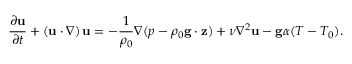
{ \frac { \partial \mathbf { u } } { \partial t } } + \left( \mathbf { u } \cdot \nabla \right) \mathbf { u } = - { \frac { 1 } { \rho _ { 0 } } } \nabla ( p - \rho _ { 0 } \mathbf { g } \cdot \mathbf { z } ) + \nu \nabla ^ { 2 } \mathbf { u } - \mathbf { g } \alpha ( T - T _ { 0 } ) .